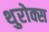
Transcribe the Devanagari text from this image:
थुरोक्स